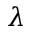
\lambda